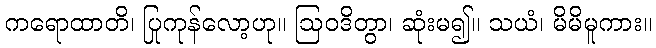
ကရောထာတိ၊ ပြုကုန်လော့ဟု။ ဩဝဒိတွာ၊ ဆုံးမ၍။ သယံ၊ မိမိမူကား။